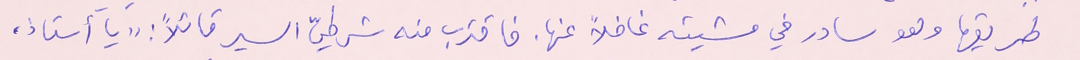
طريقها وهو سادر في مشيته غافلاً هنا. فاقترب منه شرطيّ السير قائلاً : "يا أستاذ،